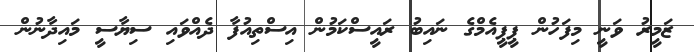
ޒަމީރު ވަނީ މިފަހުން ޕީޕީއެމްގެ ނައިބު ރައީސްކަމުން އިސްތިއުފާ ދެއްވައި ސިޔާސީ މައިދާނުން